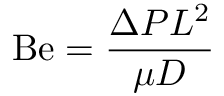
\mathrm { B e } = { \frac { \Delta P L ^ { 2 } } { \mu D } }